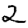
Digit: 2